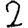
Digit: 2